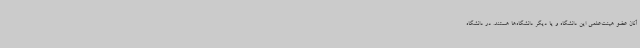
آنان عضو هیئت‌علمی این دانشگاه و یا دیگر دانشگاه‌ها هستند. در دانشگاه